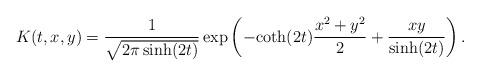
LaTeX: \begin{align*}K(t,x,y)= \frac{1}{\sqrt{2\pi \sinh(2t)}} \exp\left(-\mathrm{coth}(2t) \frac{x^2 +y^2}{2} + \frac{xy}{\sinh(2t)}\right).\end{align*}